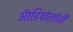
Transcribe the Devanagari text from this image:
ऑडियोलॉजी